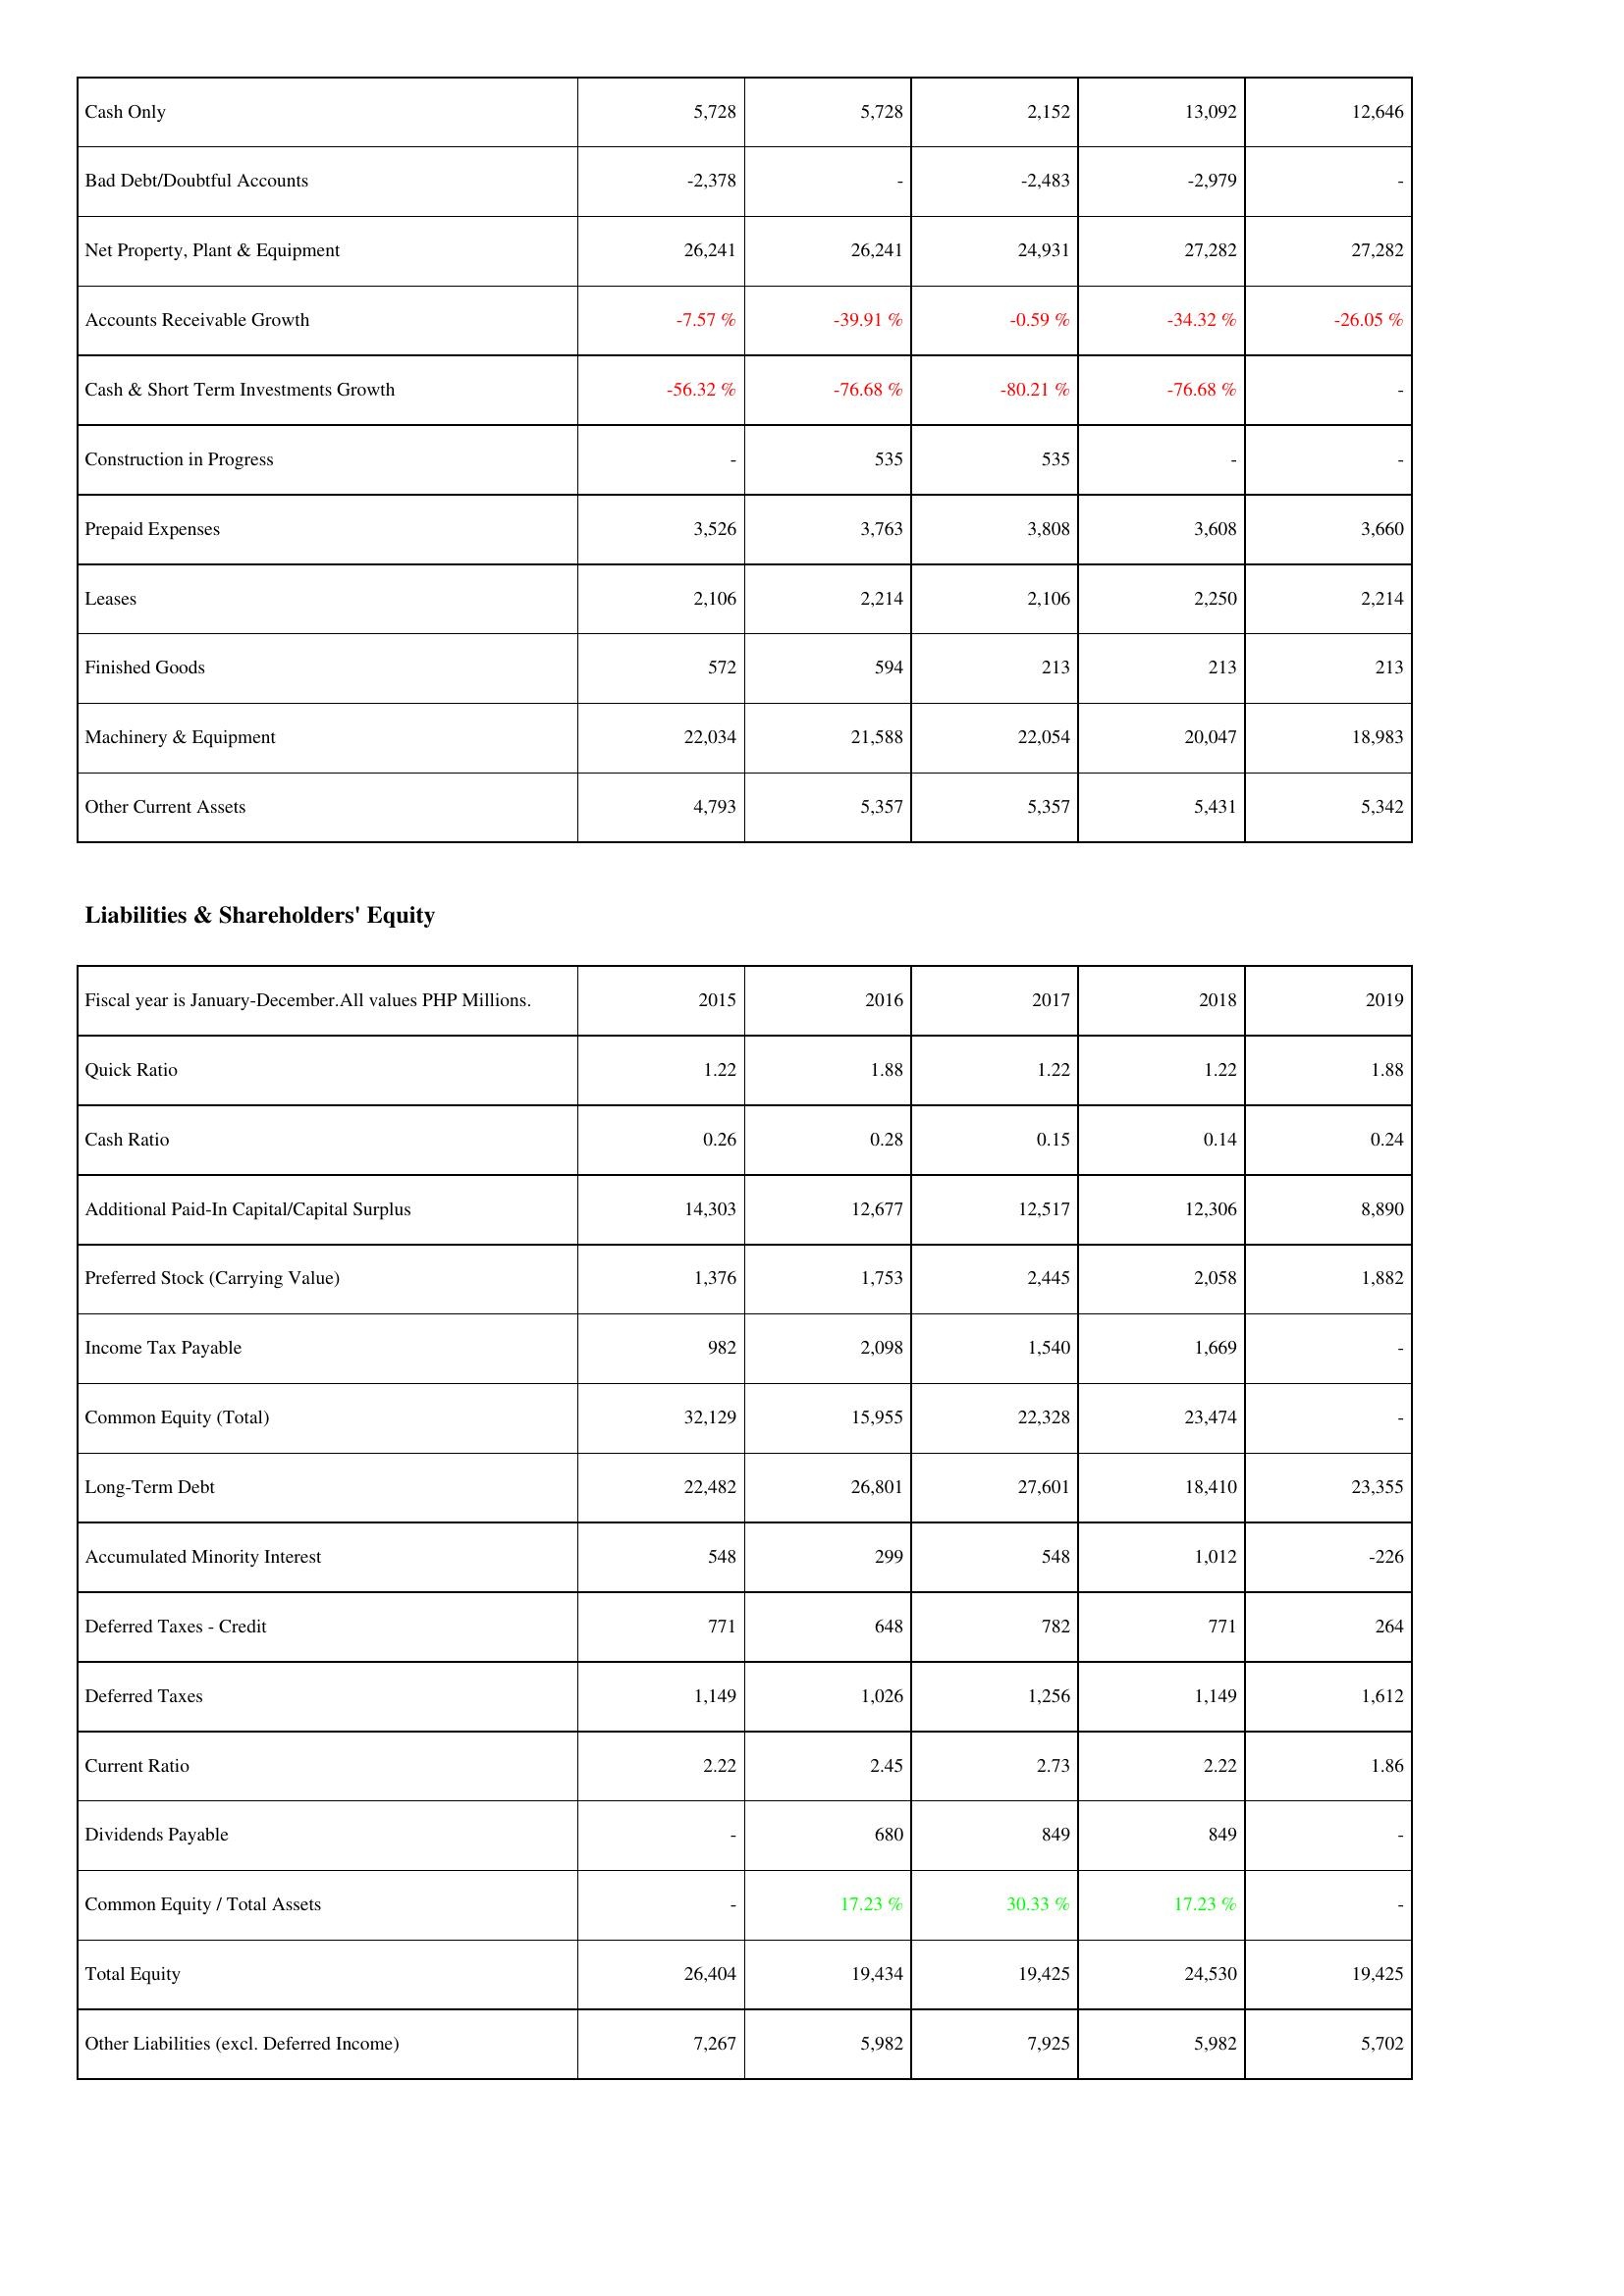
2015: Assets: Cash Only: 5,728
Bad Debt/Doubtful Accounts: -2,378
Net Property, Plant & Equipment: 26,241
Accounts Receivable Growth: -7.57 %
Cash & Short Term Investments Growth: -56.32 %
Construction in Progress: -
Prepaid Expenses: 3,526
Leases: 2,106
Finished Goods: 572
Machinery & Equipment: 22,034
Other Current Assets: 4,793
Liabilities & Shareholders' Equity: Quick Ratio: 1.22
Cash Ratio: 0.26
Additional Paid-In Capital/Capital Surplus: 14,303
Preferred Stock (Carrying Value): 1,376
Income Tax Payable: 982
Common Equity (Total): 32,129
Long-Term Debt: 22,482
Accumulated Minority Interest: 548
Deferred Taxes - Credit: 771
Deferred Taxes: 1,149
Current Ratio: 2.22
Dividends Payable: -
Common Equity / Total Assets: -
Total Equity: 26,404
Other Liabilities (excl. Deferred Income): 7,267
2016: Assets: Cash Only: 5,728
Bad Debt/Doubtful Accounts: -
Net Property, Plant & Equipment: 26,241
Accounts Receivable Growth: -39.91 %
Cash & Short Term Investments Growth: -76.68 %
Construction in Progress: 535
Prepaid Expenses: 3,763
Leases: 2,214
Finished Goods: 594
Machinery & Equipment: 21,588
Other Current Assets: 5,357
Liabilities & Shareholders' Equity: Quick Ratio: 1.88
Cash Ratio: 0.28
Additional Paid-In Capital/Capital Surplus: 12,677
Preferred Stock (Carrying Value): 1,753
Income Tax Payable: 2,098
Common Equity (Total): 15,955
Long-Term Debt: 26,801
Accumulated Minority Interest: 299
Deferred Taxes - Credit: 648
Deferred Taxes: 1,026
Current Ratio: 2.45
Dividends Payable: 680
Common Equity / Total Assets: 17.23 %
Total Equity: 19,434
Other Liabilities (excl. Deferred Income): 5,982
2017: Assets: Cash Only: 2,152
Bad Debt/Doubtful Accounts: -2,483
Net Property, Plant & Equipment: 24,931
Accounts Receivable Growth: -0.59 %
Cash & Short Term Investments Growth: -80.21 %
Construction in Progress: 535
Prepaid Expenses: 3,808
Leases: 2,106
Finished Goods: 213
Machinery & Equipment: 22,054
Other Current Assets: 5,357
Liabilities & Shareholders' Equity: Quick Ratio: 1.22
Cash Ratio: 0.15
Additional Paid-In Capital/Capital Surplus: 12,517
Preferred Stock (Carrying Value): 2,445
Income Tax Payable: 1,540
Common Equity (Total): 22,328
Long-Term Debt: 27,601
Accumulated Minority Interest: 548
Deferred Taxes - Credit: 782
Deferred Taxes: 1,256
Current Ratio: 2.73
Dividends Payable: 849
Common Equity / Total Assets: 30.33 %
Total Equity: 19,425
Other Liabilities (excl. Deferred Income): 7,925
2018: Assets: Cash Only: 13,092
Bad Debt/Doubtful Accounts: -2,979
Net Property, Plant & Equipment: 27,282
Accounts Receivable Growth: -34.32 %
Cash & Short Term Investments Growth: -76.68 %
Construction in Progress: -
Prepaid Expenses: 3,608
Leases: 2,250
Finished Goods: 213
Machinery & Equipment: 20,047
Other Current Assets: 5,431
Liabilities & Shareholders' Equity: Quick Ratio: 1.22
Cash Ratio: 0.14
Additional Paid-In Capital/Capital Surplus: 12,306
Preferred Stock (Carrying Value): 2,058
Income Tax Payable: 1,669
Common Equity (Total): 23,474
Long-Term Debt: 18,410
Accumulated Minority Interest: 1,012
Deferred Taxes - Credit: 771
Deferred Taxes: 1,149
Current Ratio: 2.22
Dividends Payable: 849
Common Equity / Total Assets: 17.23 %
Total Equity: 24,530
Other Liabilities (excl. Deferred Income): 5,982
2019: Assets: Cash Only: 12,646
Bad Debt/Doubtful Accounts: -
Net Property, Plant & Equipment: 27,282
Accounts Receivable Growth: -26.05 %
Cash & Short Term Investments Growth: -
Construction in Progress: -
Prepaid Expenses: 3,660
Leases: 2,214
Finished Goods: 213
Machinery & Equipment: 18,983
Other Current Assets: 5,342
Liabilities & Shareholders' Equity: Quick Ratio: 1.88
Cash Ratio: 0.24
Additional Paid-In Capital/Capital Surplus: 8,890
Preferred Stock (Carrying Value): 1,882
Income Tax Payable: -
Common Equity (Total): -
Long-Term Debt: 23,355
Accumulated Minority Interest: -226
Deferred Taxes - Credit: 264
Deferred Taxes: 1,612
Current Ratio: 1.86
Dividends Payable: -
Common Equity / Total Assets: -
Total Equity: 19,425
Other Liabilities (excl. Deferred Income): 5,702